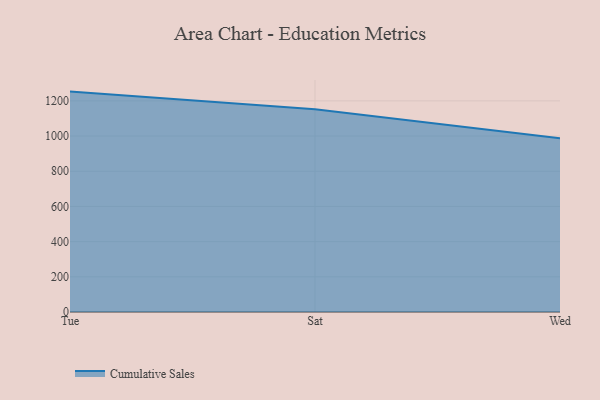
{"axis": {"x": "Day", "y": "Market Share (%)"}, "legend": ["Cumulative Sales"], "data": [{"x": "Tue", "y": 1252.8, "type": "Cumulative Sales"}, {"x": "Sat", "y": 1152.3, "type": "Cumulative Sales"}, {"x": "Wed", "y": 987.4, "type": "Cumulative Sales"}]}